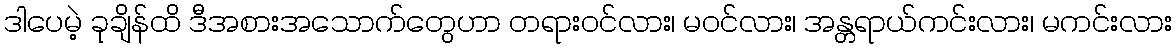
ဒါပေမဲ့ ခုချိန်ထိ ဒီအစားအသောက်တွေဟာ တရားဝင်လား၊ မဝင်လား၊ အန္တရာယ်ကင်းလား၊ မကင်းလား